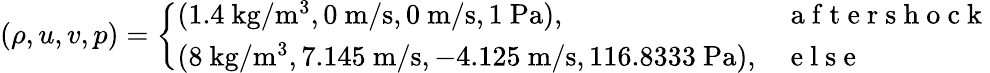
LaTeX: (\rho,u,v,p)=\left\{ \begin{array}{ll}{(1.4\mathrm{~kg}/\mathrm{m}^{3},0\mathrm{~m}/\mathrm{s},0\mathrm{~m}/\mathrm{s},1\mathrm{~Pa}),}&{\mathrm{~a~f~t~e~r~s~h~o~c~k~}}\\ {(8\mathrm{~kg}/\mathrm{m}^{3},7.145\mathrm{~m}/\mathrm{s},-4.125\mathrm{~m}/\mathrm{s},116.8333\mathrm{~Pa}),}&{\mathrm{~e~l~s~e~}}\end{array}\right.